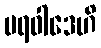
ပရဝါဒေဟိ